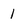
Character: 1